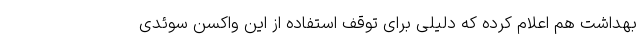
بهداشت هم اعلام کرده که دلیلی برای توقف استفاده از این واکسن سوئدی